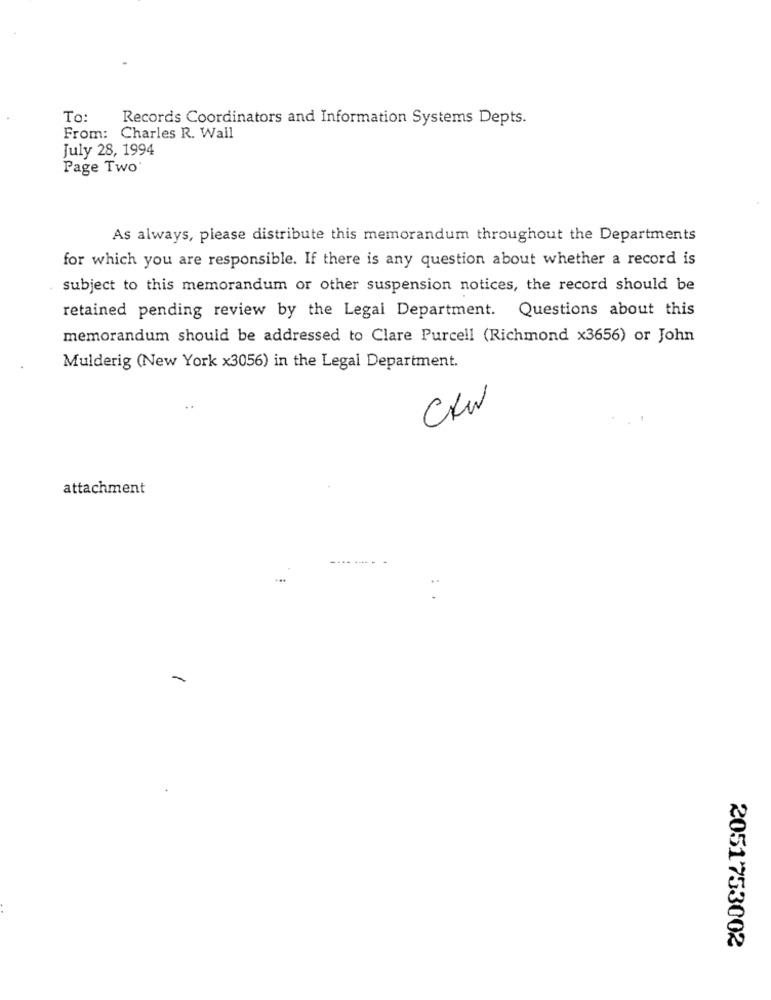
To:
Records Coordinators and Information Systems Depts.
From: Charles R. Wall
July 28, 1994
Page Two:
As always, please distribute this memorandum throughout the Departments
for which you are responsible. If there is any question about whether a record is
subject to this memorandum or other suspension notices, the record should be
retained pending review by the Legal Department. Questions about this
memorandum should be addressed to Clare Purcell (Richmond x3656) or John
Mulderig (New York x3056) in the Legal Department.
attachment
..
-
2051753002